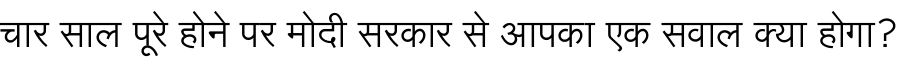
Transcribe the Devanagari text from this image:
चार साल पूरे होने पर मोदी सरकार से आपका एक सवाल क्या होगा?